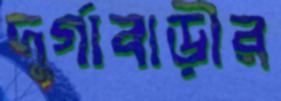
দুর্গাবাড়ীর